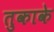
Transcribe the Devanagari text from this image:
तुकाके